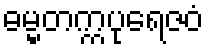
ဓမ္မတက္ကပုရေဇဝံ